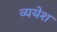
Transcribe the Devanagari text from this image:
व्ययेश